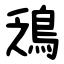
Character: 鴔